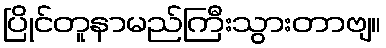
ပြိုင်တူနာမည်ကြီးသွားတာဗျ။